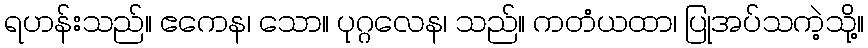
ရဟန်းသည်။ ဧကေန၊ သော။ ပုဂ္ဂလေန၊ သည်။ ကတံယထာ၊ ပြုအပ်သကဲ့သို့။